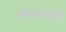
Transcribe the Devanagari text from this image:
सज्जनांचे